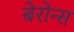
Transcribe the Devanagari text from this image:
बेरोन्स